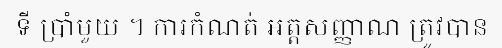
ទី ប្រាំមួយ ។ ការកំណត់ អត្តសញ្ញាណ ត្រូវបាន